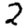
Digit: 2